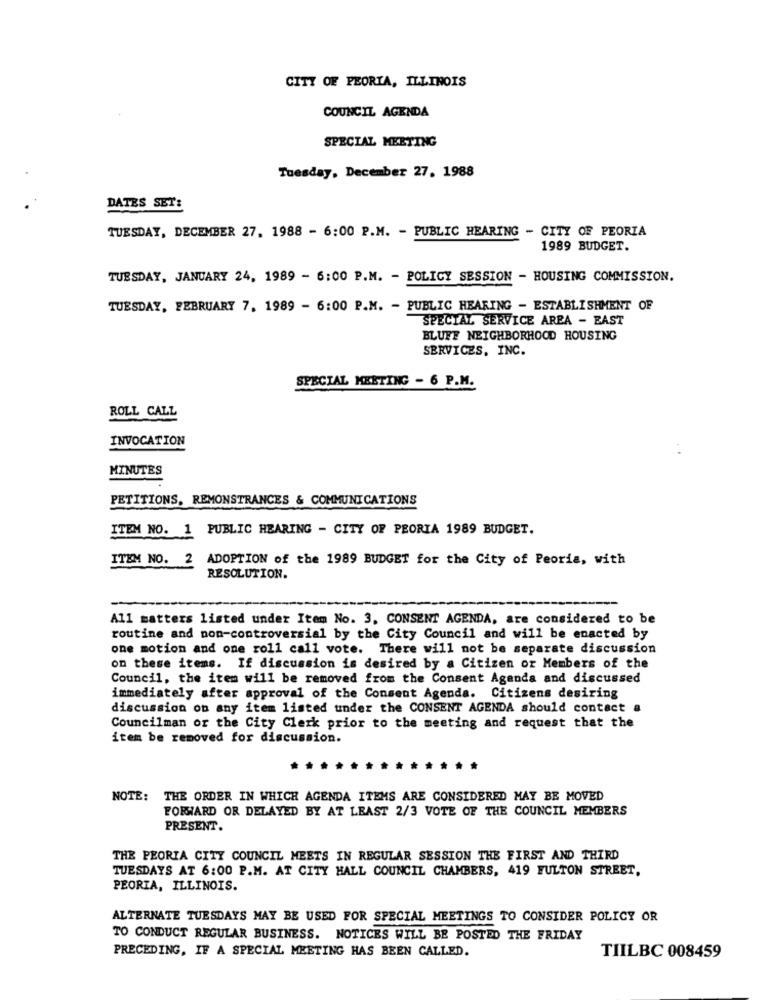
CITY OF PEORIA, ILLINOIS
COUNCIL AGENDA
SPECIAL MEETING
Tuesday, December 27. 1988
DATES SET:
TUESDAY, DECEMBER 27, 1988 - 6:00 P.M. - PUBLIC HEARING - CITY OF PEORIA
1989 BUDGET.
TUESDAY, JANUARY 24, 1989 - 6:00 P.M. - POLICY SESSION - HOUSING COMMISSION.
TUESDAY, FEBRUARY 7, 1989 - 6:00 P.M. - PUBLIC HEARING - ESTABLISHMENT OF
SPECIAL SERVICE AREA - EAST
BLUFF NEIGHBORHOOD HOUSING
SERVICES, INC.
SPECIAL MEETING - 6 P.M.
ROLL CALL
INVOCATION
MINUTES
PETITIONS. REMONSTRANCES & COMMUNICATIONS
ITEM NO. 1 PUBLIC HEARING - CITY OF PEORIA 1989 BUDGET.
ITEM NO. 2
ADOPTION of the 1989 BUDGET for the City of Peoria, with
RESOLUTION.
All matters listed under Item No. 3. CONSENT AGENDA, are considered to be
routine and non-controversial by the City Council and will be enacted by
one motion and one roll call vote. There will not be separate discussion
on these items. If discussion is desired by a Citizen or Members of the
Council, the item will be removed from the Consent Agenda and discussed
immediately after approval of the Consent Agenda. Citizens desiring
discussion on any item listed under the CONSENT AGENDA should contact a
Councilman or the City Clerk prior to the meeting and request that the
item be removed for discussion.
NOTE: THE ORDER IN WHICH AGENDA ITEMS ARE CONSIDERED MAY BE MOVED
FORWARD OR DELAYED BY AT LEAST 2/3 VOTE OF THE COUNCIL MEMBERS
PRESENT.
THE PEORIA CITY COUNCIL MEETS IN REGULAR SESSION THE FIRST AND THIRD
TUESDAYS AT 6:00 P.M. AT CITY HALL COUNCIL CHAMBERS, 419 FULTON STREET,
PEORIA, ILLINOIS.
ALTERNATE TUESDAYS MAY BE USED FOR SPECIAL MEETINGS TO CONSIDER POLICY OR
TO CONDUCT REGULAR BUSINESS. NOTICES WILL BE POSTED THE FRIDAY
PRECEDING, IF A SPECIAL MEETING HAS BEEN CALLED.
TIILBC 008459